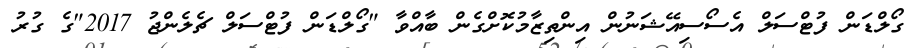
ގޯލްޑަން ފުޓްސަލް އެސޯސިއޭޝަނުން އިންތިޒާމުކޮށްގެން ބާއްވާ "ގޯލްޑަން ފުޓްސަލް ޗެލެންޖު 2017"ގެ ގުރު